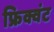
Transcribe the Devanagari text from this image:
फ्रिक्वंट